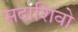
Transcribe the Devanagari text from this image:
सदाशिवो